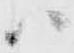
ハ